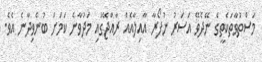
މަސްތުވާތަކެތީގެ ނޭދެވޭ އަސަރު ނުފޯރާ އާއިލާއެއް ރާއްޖޭގައި މަދުވާނެ ކަމަށް ބުނެވިދާނެ އެވެ.